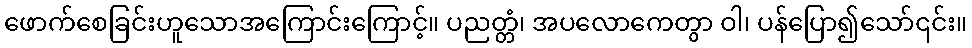
ဖောက်စေခြင်းဟူသောအကြောင်းကြောင့်။ ပညတ္တံ၊ အပလောကေတွာ ဝါ၊ ပန်ပြော၍သော်၎င်း။